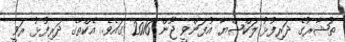
ތުޝާރުގެ ދަރިފުޅު ލަކްޝްޔާ އުފަންވީ ޖޫން 2016 ގައެވެ. އެކްތާގެ ދަރިފުޅު ރަވީ